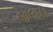
બાલાકા